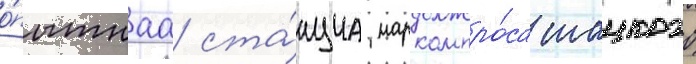
о́пытнаа ста́нциа наркомпро́са шацкого